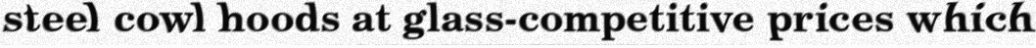
steel cowl hoods at glass-competitive prices which